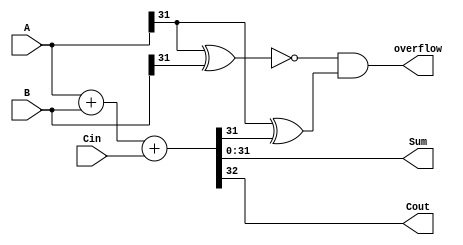
module Verilog_adder #(parameter WIDTH = 32)(A,B,Cin,Sum,Cout,overflow);
input [WIDTH-1:0] A;
    input [WIDTH-1:0] B;
    input Cin;
    output [WIDTH-1:0] Sum;
    output Cout;
    output overflow;
    assign {Cout,Sum} = A + B+ Cin;
    assign overflow= ~(A[WIDTH - 1] ^ B[WIDTH - 1]) & (A[WIDTH - 1] ^ Sum[WIDTH - 1]);
endmodule